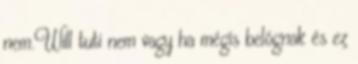
nem.Will tuti nem vagy ha mégis belógnak és ez